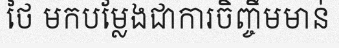
ថៃ មកបម្លែងជាការចិញ្ចឹមមាន់